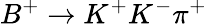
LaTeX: B^{+}\to K^{+}K^{-}\pi^{+}